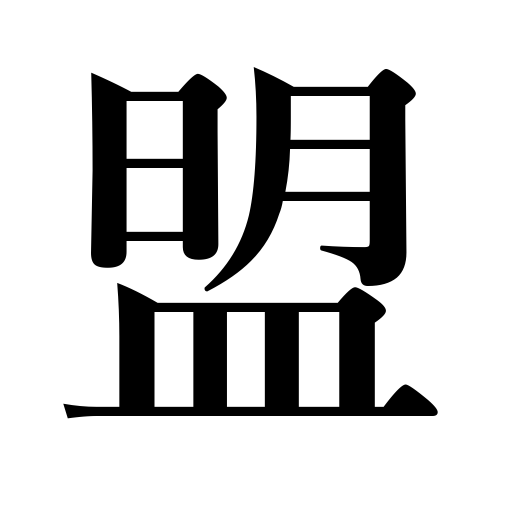
Meanings: oath,alliance